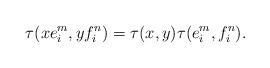
LaTeX: \begin{align*}\tau(xe_i^m,yf_i^n)=\tau(x,y)\tau(e_i^m,f_i^n).\end{align*}